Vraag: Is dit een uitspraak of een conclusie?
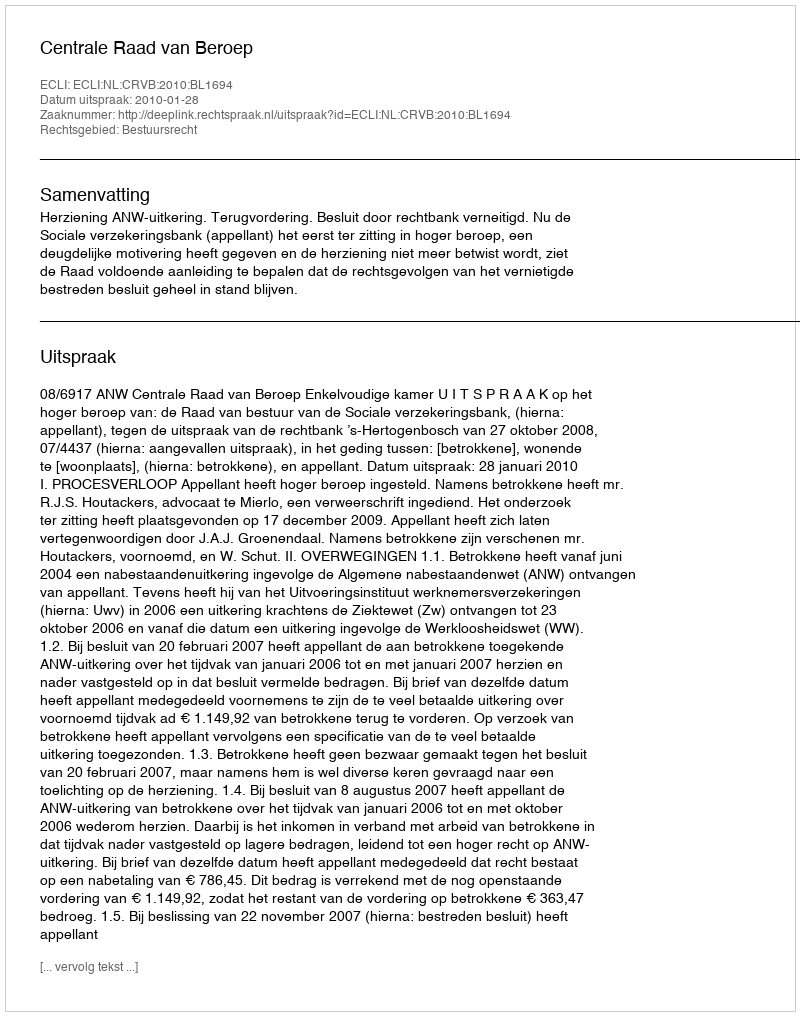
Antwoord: Uitspraak